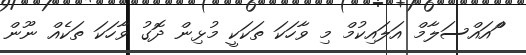
ްަަްއައްސަލާމް އަލައިކުމް މި ވާހަކަ ތަކަކީ މުޅިން ދޮގު ވާހަކަ ތަކެއް ނޫން